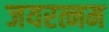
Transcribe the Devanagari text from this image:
जयरत्नम